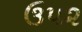
ઉ૫૨